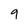
Character: 9